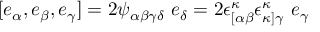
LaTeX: [ e _ { \alpha } , e _ { \beta } , e _ { \gamma } ] = 2 \psi _ { \alpha \beta \gamma \delta } ~ e _ { \delta } = 2 \epsilon _ { [ \alpha \beta } ^ { \kappa } \epsilon _ { \kappa ] \gamma } ^ { \kappa } ~ e _ { \gamma }